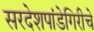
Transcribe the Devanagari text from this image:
सरदेशपांडेगिरीचे